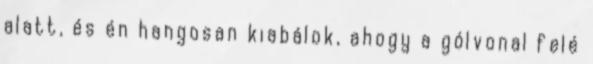
alatt, és én hangosan kiabálok, ahogy a gólvonal felé